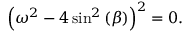
\left( \omega ^ { 2 } - 4 \sin ^ { 2 } { ( \beta ) } \right) ^ { 2 } = 0 .